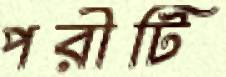
পরীটি